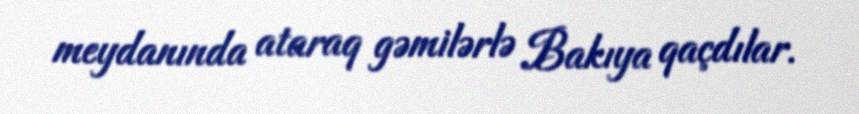
meydanında ataraq gəmilərlə Bakıya qaçdılar.